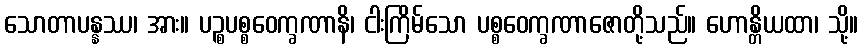
သောတာပန္နဿ၊ အား။ ပဉ္စပစ္စဝေက္ခဏာနိ၊ ငါးကြိမ်သော ပစ္စဝေက္ခဏာဇောတို့သည်။ ဟောန္တိယထာ၊ သို့။